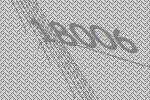
18006